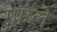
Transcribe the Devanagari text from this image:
गॉब्ले